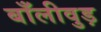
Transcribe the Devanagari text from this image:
बाँलीवुड़